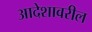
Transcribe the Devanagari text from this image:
आदेशावरील